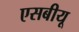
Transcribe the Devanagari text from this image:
एसबीयू